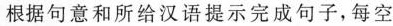
根据句意和所给汉语提示完成句子，每空